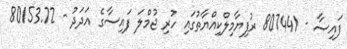
ފައިސާ - 807441 ރުފިޔާމިލްކިއްޔާތުގައި ހުރި ޖުމްލަ ފައިސާގެ އަދަދު - 80153.72